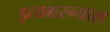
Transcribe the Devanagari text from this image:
इत्यक्षरन्यास